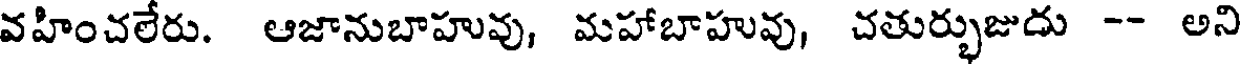
వహించలేరు. ఆజానుబాహువు, మహాబాహువు, చతుర్భుజుదు -- అని